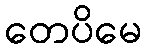
တေပိမေ